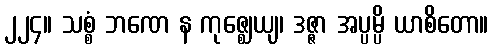
၂၂၄။ သစ္စံ ဘဏေ န ကုဇ္ဈေယျ၊ ဒဇ္ဇာ အပ္ပမ္ပိ ယာစိတော။